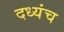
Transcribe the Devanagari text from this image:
दध्यंच